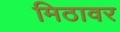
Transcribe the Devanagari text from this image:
मिठावर